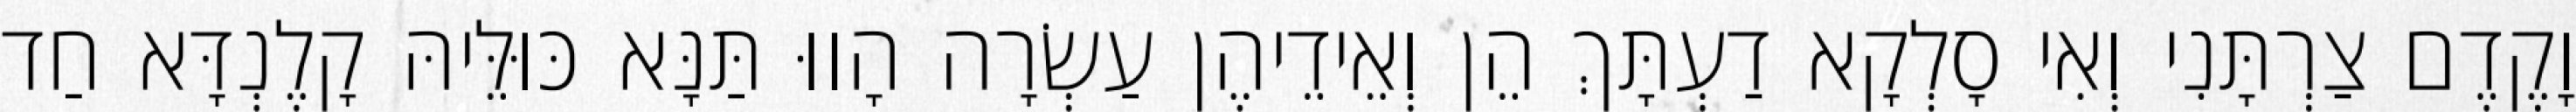
וָקֶדֶם צַרְתָּנִי וְאִי סָלְקָא דַעְתָּךְ הֵן וְאֵידֵיהֶן עַשְׂרָה הָווּ תַּנָּא כּוּלֵּיהּ קָלֶנְדָּא חַד